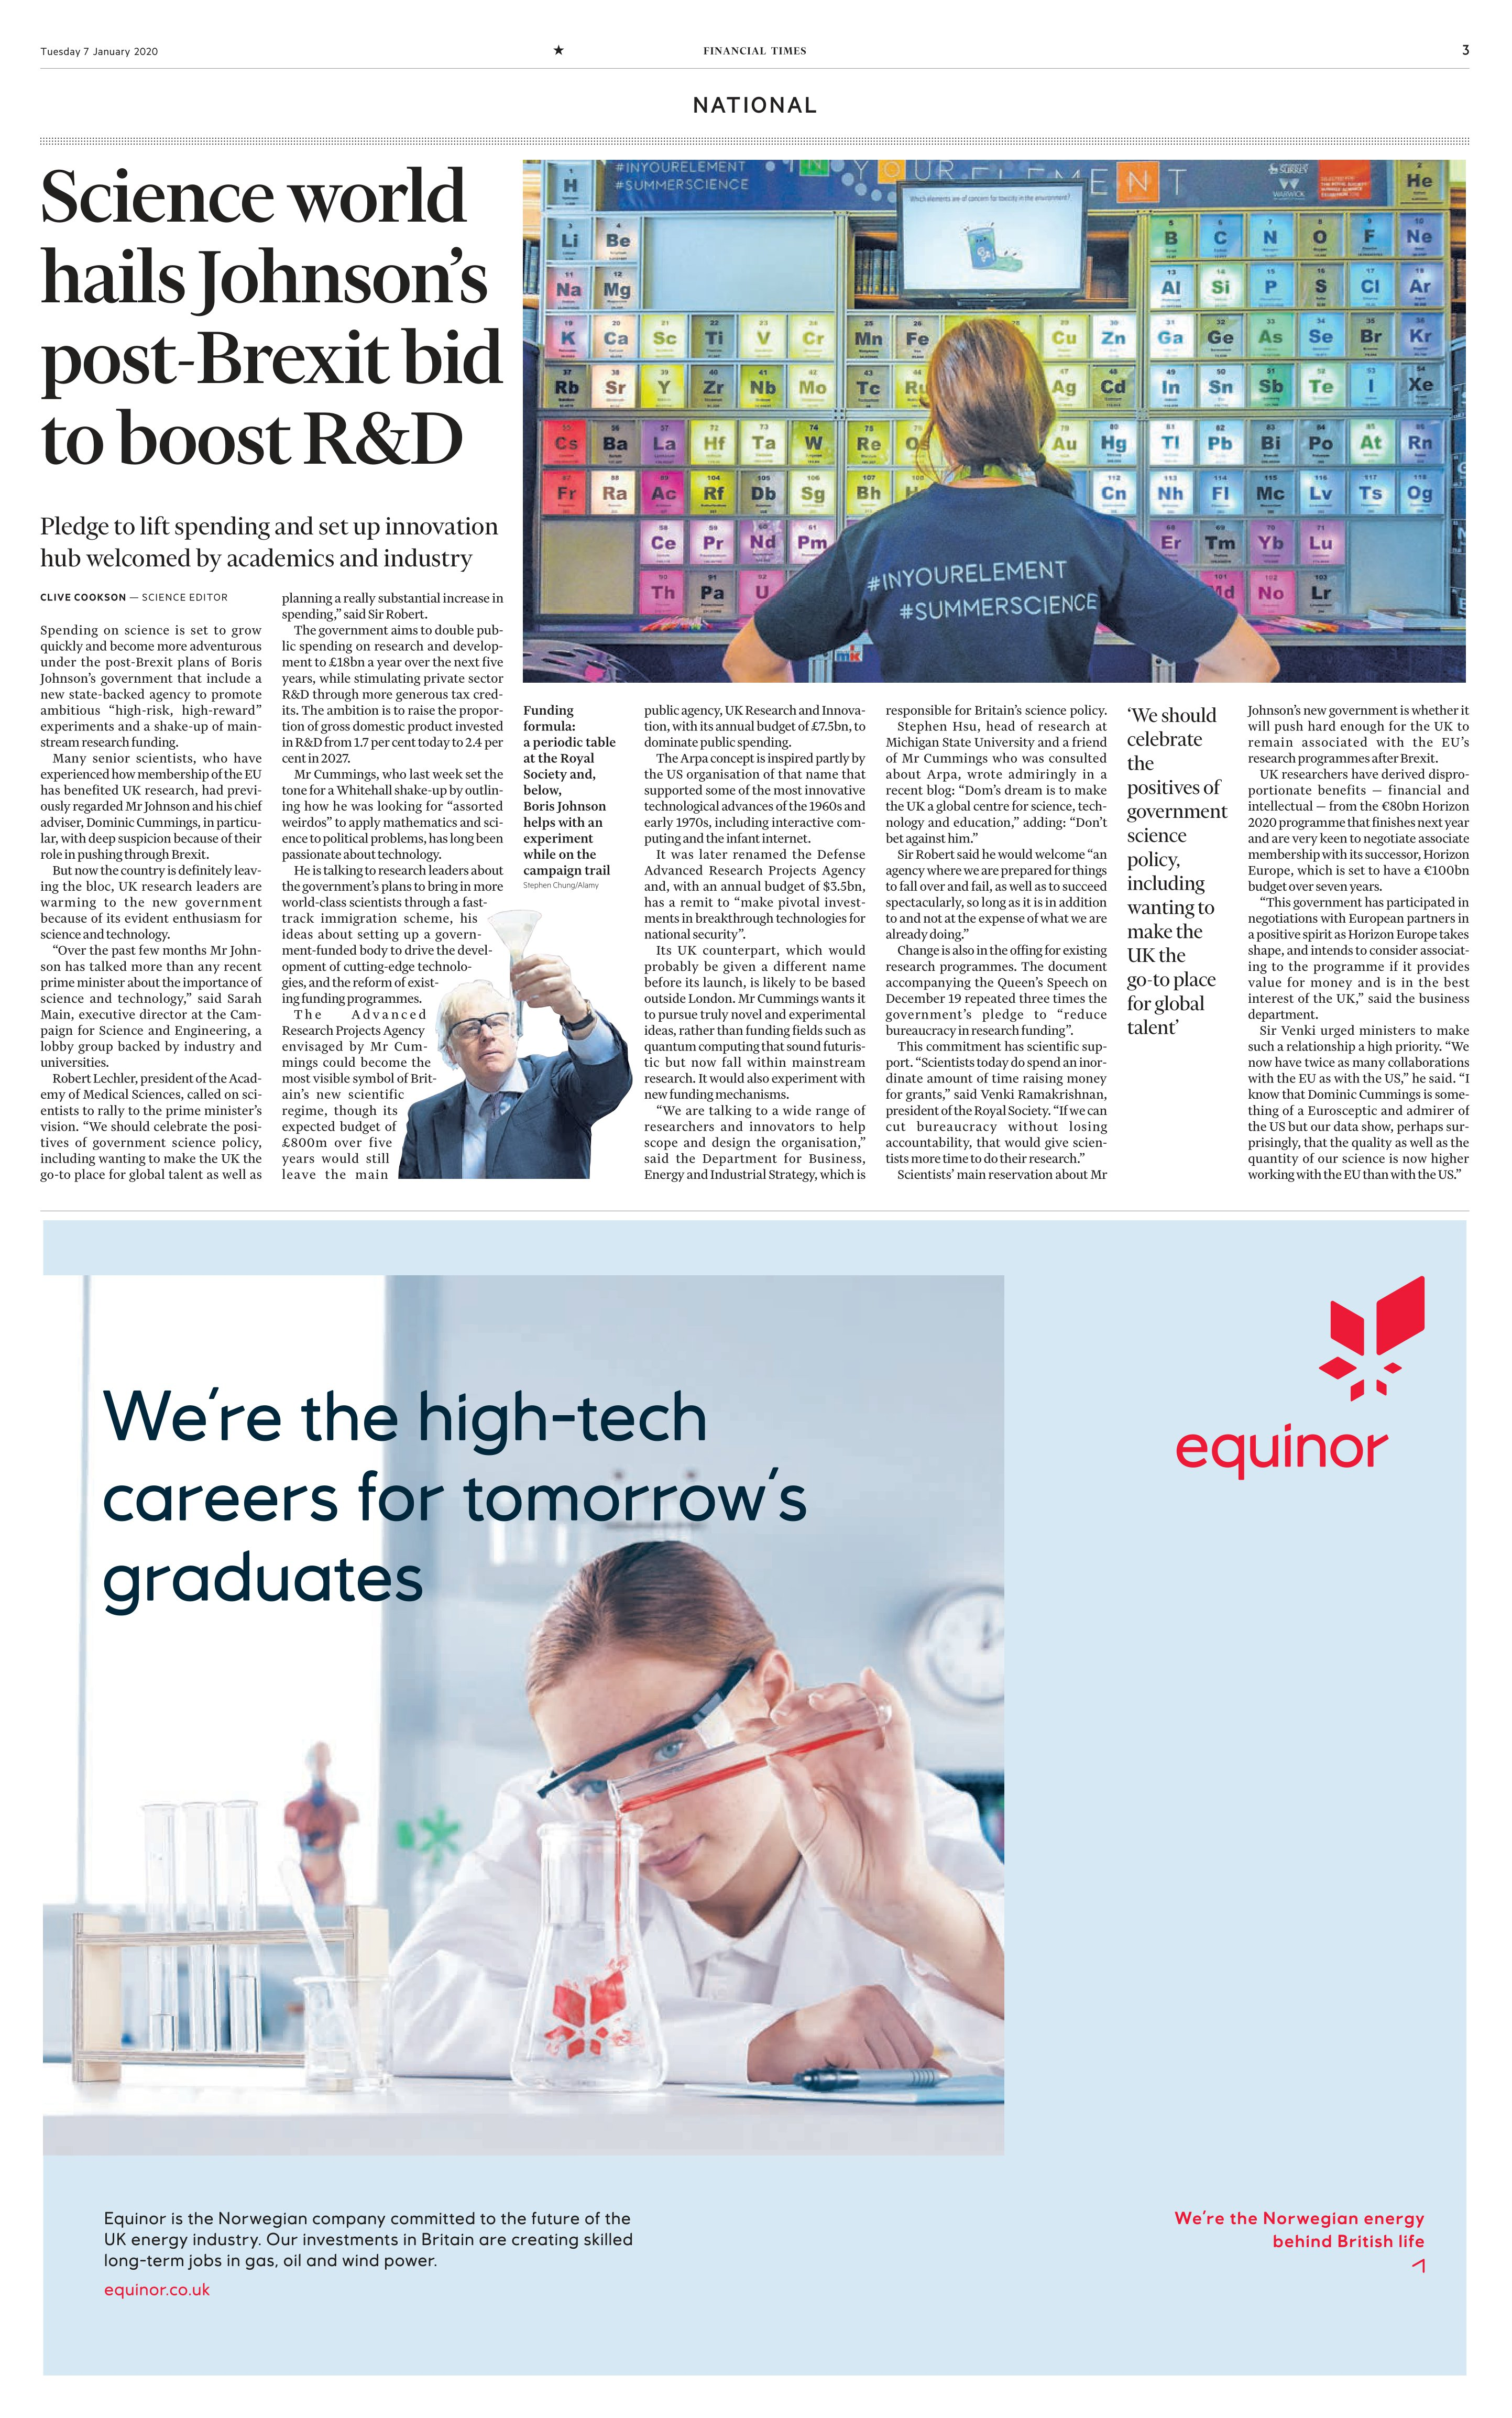
Language: en